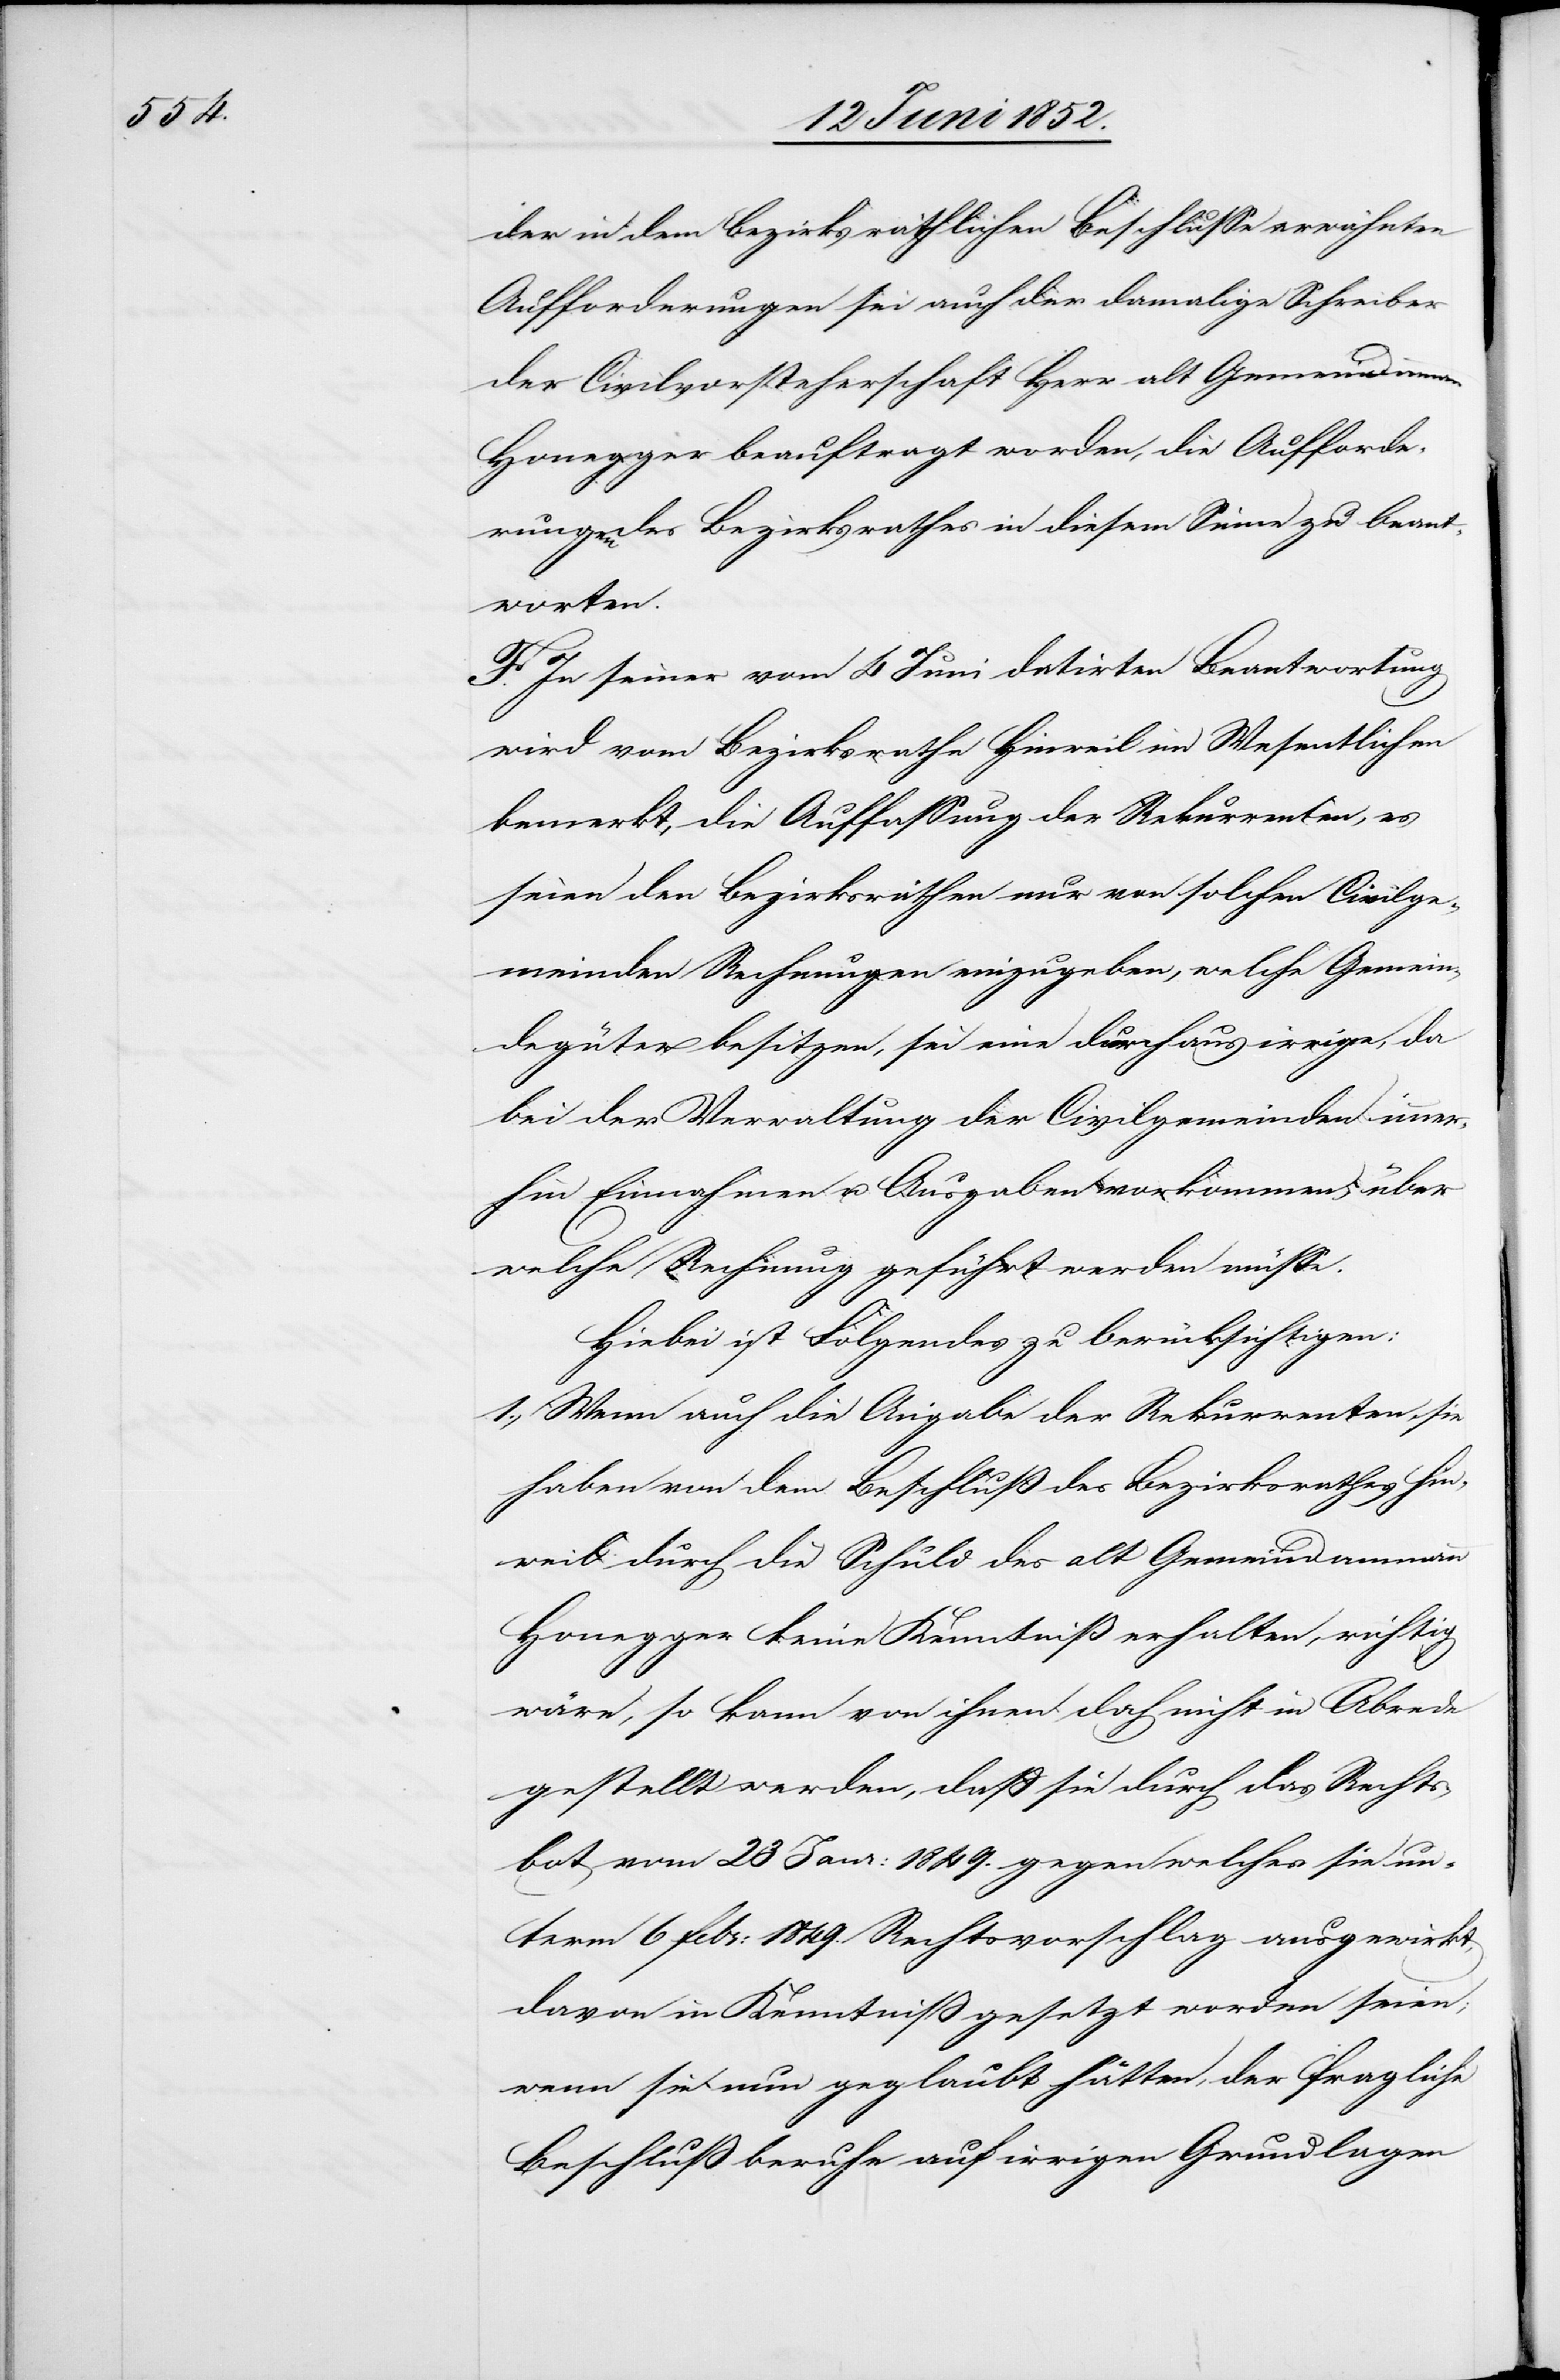
der in dem bezirksräthlichen Beschlusse erwähnten
Aufforderungen sei auch der damalige Schreiber
der Civilvorsteherschaft Herr alt Gemeindammann
Honegger beauftragt worden, die Aufforde¬
rungen des Bezirksrathes in diesem Sinne zu beant¬
worten.
F. In seiner vom 4 Juni datirten Beantwortung
wird vom Bezirksrathe Hinweil im Wesentlichen
bemerkt, die Auffassung der Rekurrenten, es
seien den Bezirksräthen nur von solchen Civilge¬
meinden Rechnungen einzugeben, welche Gemein¬
degüter besitzen, sei eine durchaus irrige, da
bei der Verwaltung der Civilgemeinden immer¬
hin Einnahmen u. Ausgaben vorkommen, über
welche Rechnung geführt werden müsse.
Hiebei ist Folgendes zu berücksichtigen:
Wenn auch die Angabe der Rekurrenten, sie
haben von dem Beschluß des Bezirksrathes Hin¬
weil durch die Schuld des alt Gemeindammann
Honegger keine Kenntniß erhalten, richtig
wäre, so kann von ihnen doch nicht in Abrede
gestellt werden, dass sie durch das Rechts¬
bot vom 23 Janr: 1849. gegen welches sie un¬
term 6 Febr: 1849. Rechtsvorschlag ausgewirkt,
davon in Kenntniss gesetzt worden seien;
wenn sie nun geglaubt hätten, der fragliche
Beschluß beruhe auf irrigen Grundlagen